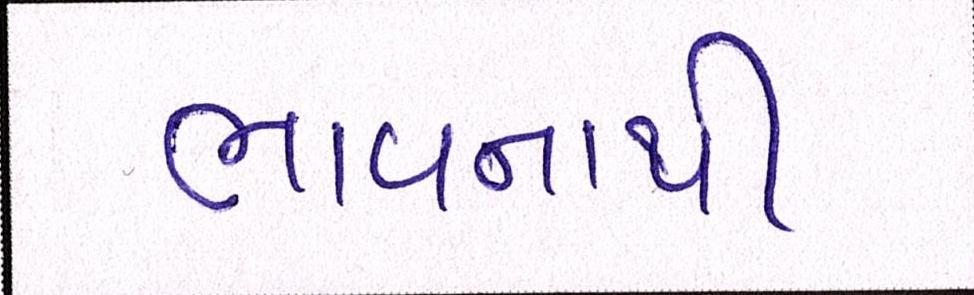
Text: ભાવનાથી